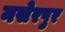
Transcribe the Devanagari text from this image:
नसेरपुर